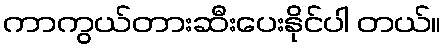
ကာကွယ်တားဆီးပေးနိုင်ပါ တယ်။